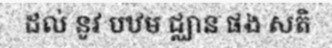
ដល់ នូវ បឋម ជ្ឈាន ផង សតិ